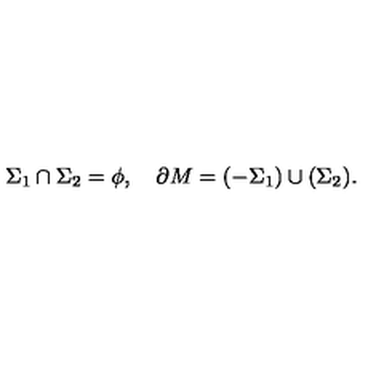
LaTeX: \Sigma _ { 1 } \cap \Sigma _ { 2 } = \phi , \quad \partial M = ( - \Sigma _ { 1 } ) \cup ( \Sigma _ { 2 } ) .